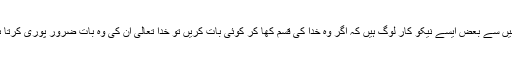
تم میں سے بعض ایسے نیکو کار لوگ ہیں کہ اگر وہ خدا کی قسم کھا کر کوئی بات کریں تو خدا تعالیٰ ان کی وہ بات ضرور پوری کرتا ہے۔